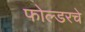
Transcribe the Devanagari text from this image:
फोल्डरचे